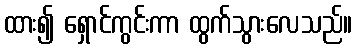
ထား၍ ရှောင်ကွင်းကာ ထွက်သွားလေသည်။